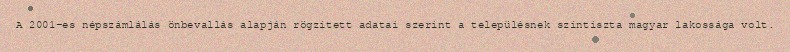
A 2001-es népszámlálás önbevallás alapján rögzített adatai szerint a településnek színtiszta magyar lakossága volt.